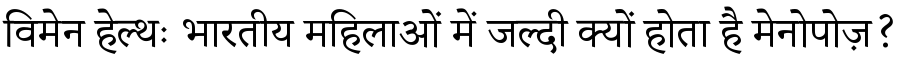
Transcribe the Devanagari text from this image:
विमेन हेल्थः भारतीय महिलाओं में जल्दी क्यों होता है मेनोपोज़?